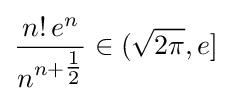
{\frac {n!\,e^{n}}{n^{n+{\tfrac {1}{2}}}}}\in ({\sqrt {2\pi }},e]